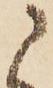
に